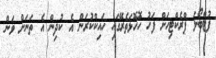
ފުޓްބޯޅަ ޕްރެކްޓިހަށް ފަހު ހޮހޮޅަތެރޭގައި ހައިކްކުރަން އެ ކުދިން އެ ތަނަށް ވަން